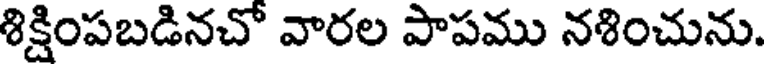
శిక్షింపబడినచో వారల పాపము నశించును.